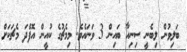
ބަލިވުން ލިބެނީ ސިނިއާ ބައިން 3 ވަނައެވެ. މިމެޗުގެ ކުއީން އޮފްދަ މެޗަކަށް